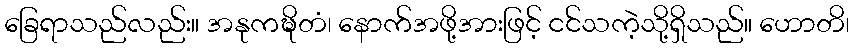
ခြေရာသည်လည်း။ အနုကဍ္ဎိတံ၊ နောက်အဖို့အားဖြင့် ငင်သကဲ့သို့ရှိသည်။ ဟောတိ၊